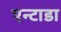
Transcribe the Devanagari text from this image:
एन्टाडा